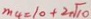
m 4 = 1 0 + 2 \sqrt { 1 0 }